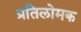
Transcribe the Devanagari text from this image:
प्रतिलोमक